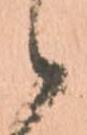
候